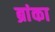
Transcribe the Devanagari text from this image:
ब्रांका